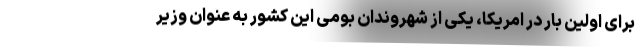
برای اولین بار در امریکا، یکی از شهروندان بومی این کشور به عنوان وزیر